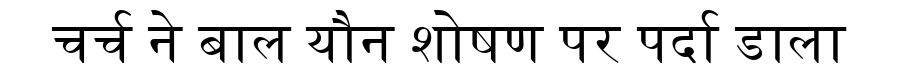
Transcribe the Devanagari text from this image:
चर्च ने बाल यौन शोषण पर पर्दा डाला